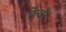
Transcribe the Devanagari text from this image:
फ्रेवर